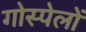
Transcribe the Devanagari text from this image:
गोस्पेलों